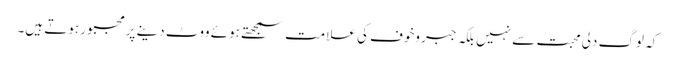
کہ لوگ دلی محبت سے نہیں بلکہ جبر وخوف کی علامت سمجھتے ہوئے ووٹ دینے پرمجبور ہوتے ہیں۔